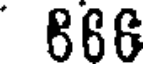
866